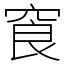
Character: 䆡